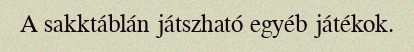
A sakktáblán játszható egyéb játékok.